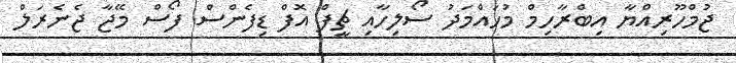
ޖުމްހޫރިއްޔާ އިބްރާހިމް މުހައްމަދު ސޯލިހާއި ޗީފް އޮފް ޑިފެންސް ފޯސް މޭޖާ ޖެނެރަލް